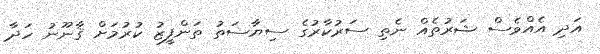
އަދި އެއްވެސް ޝަރުތެއް ނެތި ސަރުކާރުގެ ސިޔާސަތު ތަންފީޒު ކުރުމަށް ޤާނޫނު ހަދާ